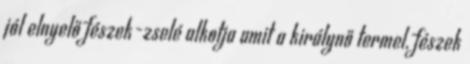
jól elnyelő fészek-zselé alkotja amit a királynő termel, fészek